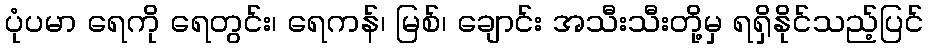
ပုံပမာ ရေကို ရေတွင်း၊ ရေကန်၊ မြစ်၊ ချောင်း အသီးသီးတို့မှ ရရှိနိုင်သည့်ပြင်